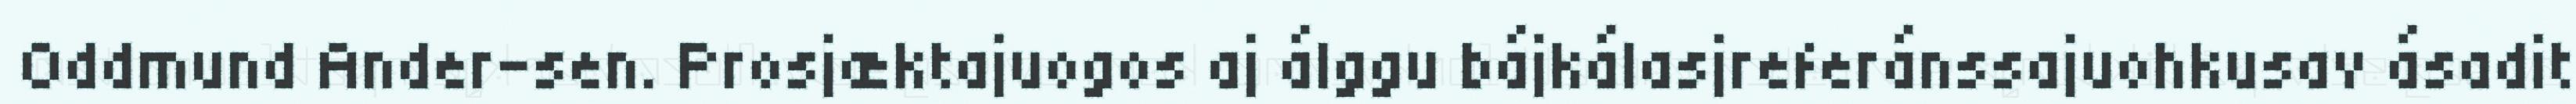
Oddmund Ander-sen. Prosjæktajuogos aj álggu bájkálasjreferánssajuohkusav ásadit